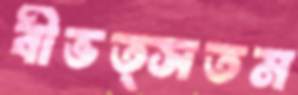
বীভত্সতম